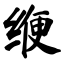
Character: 缏